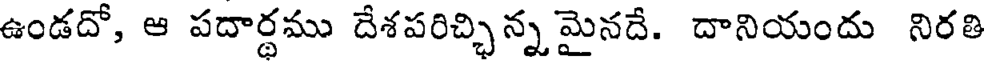
ఉండదో, ఆ పదార్ధము దేశపరిచ్చిన్న మైనదే. దానియందు నిరతి